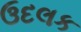
ઉદલક